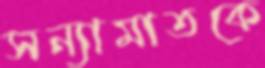
সন্যামাতকে